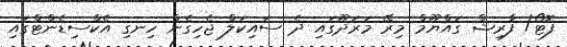
ފޮޓޯ/ ފާރިޝް ގައްޔޫމް މިރޭ މަރަދޫގައި ދެ ސައިކަލް ޖެހިގެން ހިނގި އެކްސިޑެންޓްގައި